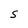
Character: S